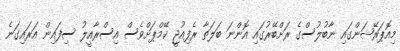
މިއޮޕަރޭޝަންގައި ނާބުލުސްގެ ރަށްބޭރުގައި އޮންނަ ބަލަތާ ރެފިއުޖީ ކޭމްޕަށްވެސް އިސްރާއީލު ސިފައިން އަރައިގަނެ